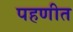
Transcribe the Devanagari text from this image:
पहणीत